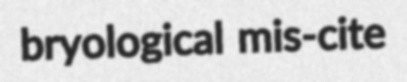
bryological mis-cite